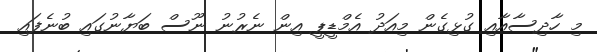
މި ހާދިސާއާއި ގުޅިގެން މިއަދު އެމްޑީޕީ އިން ނެރުނު ނޫސް ބަޔާނުގައި ބުނެފައި